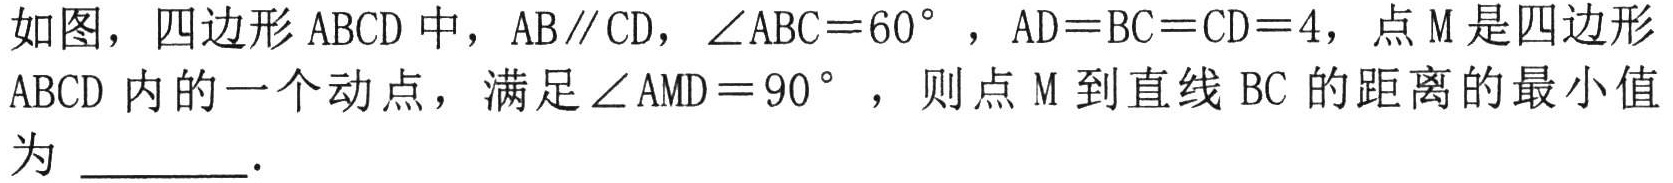
如图，四边形ABCD中，AB∥CD，$\angle ABC = 60^{\circ}$，AD = BC = CD = 4，点M是四边形ABCD内的一个动点，满足$\angle AMD = 90^{\circ}$，则点M到直线BC的距离的最小值为  .